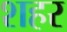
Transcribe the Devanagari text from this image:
शहर